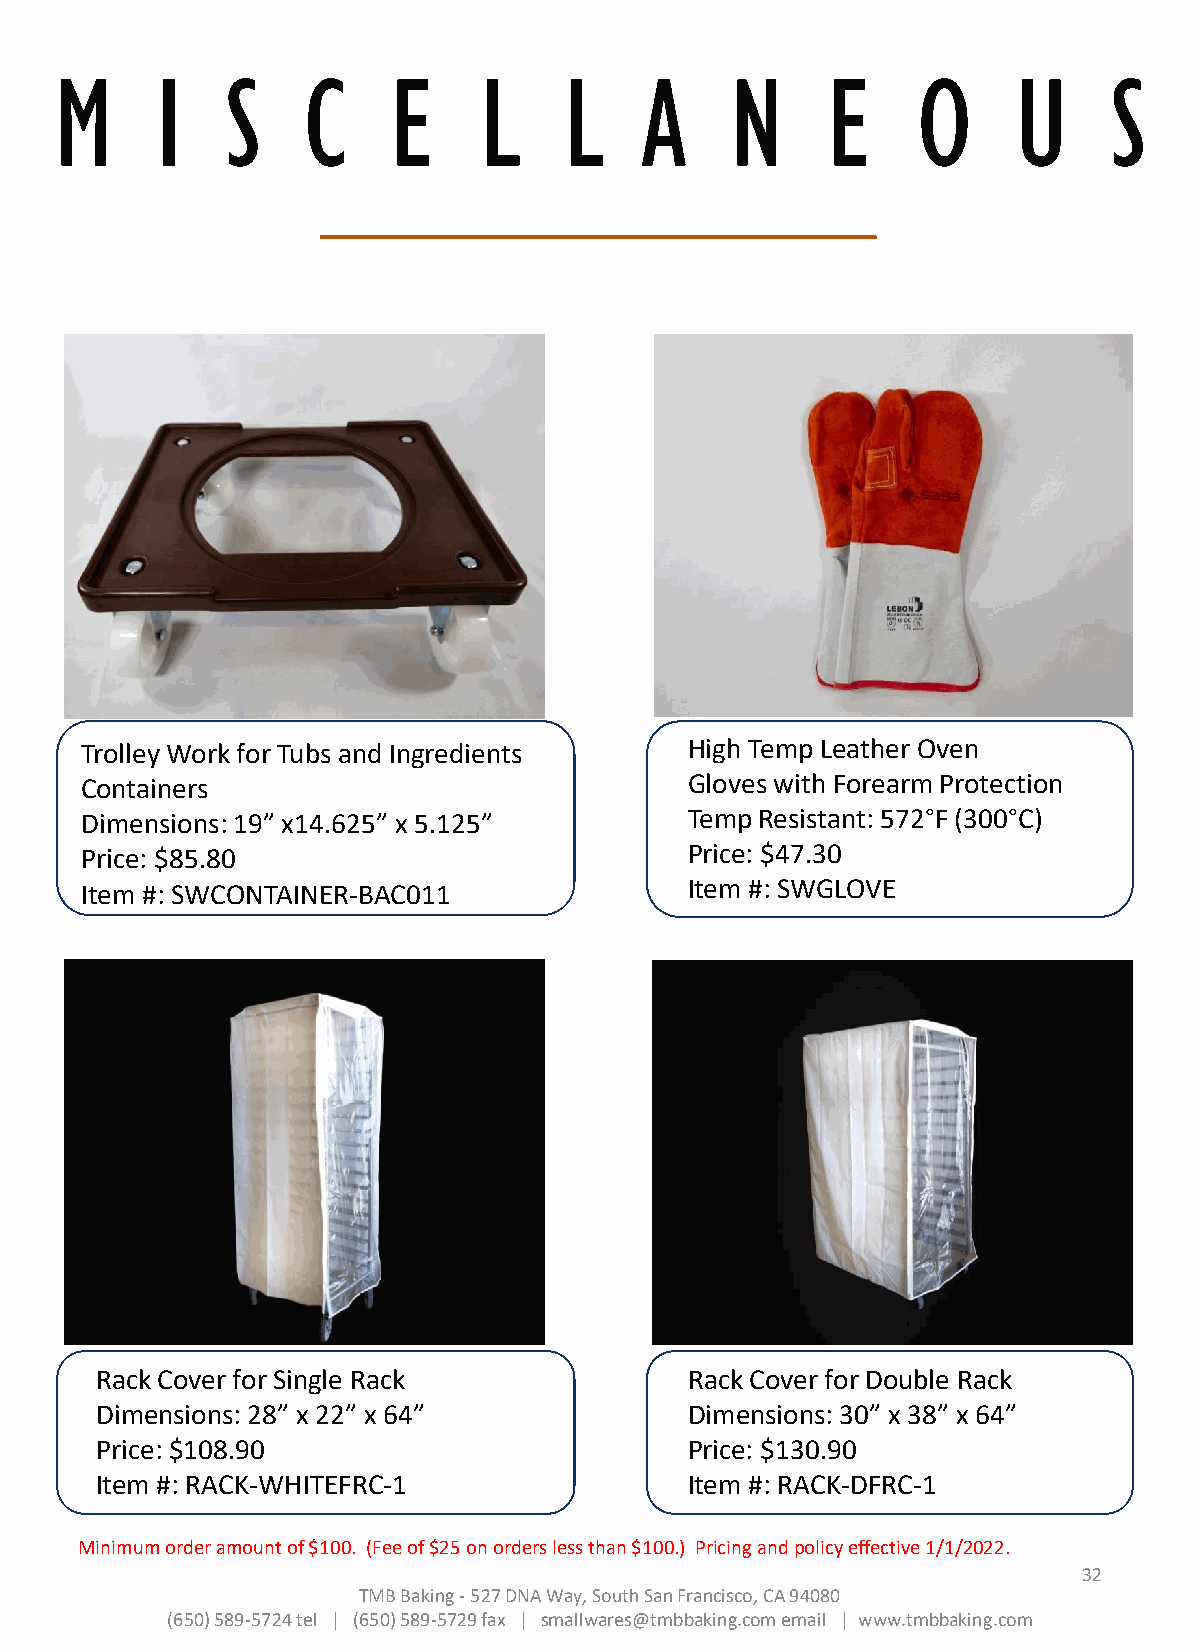
M     I    S    C     E     L    L    A     N      E     O     U     S
 Trolley Work for Tubs and Ingredients    High Temp Leather Oven
 Containers                               Gloves with Forearm Protection
 Dimensions: 19” x14.625” x 5.125”        Temp Resistant: 572°F (300°C)
 Price: $85.80                            Price: $47.30
 Item #: SWCONTAINER-BAC011               Item #: SWGLOVE
 Rack Cover for Single Rack              Rack Cover for Double Rack
 Dimensions: 28” x 22” x 64”             Dimensions: 30” x 38” x 64”
 Price: $108.90                          Price: $130.90
 Item #: RACK-WHITEFRC-1                 Item #: RACK-DFRC-1
 Minimum order amount of $100. (Fee of $25 on orders less than $100.) Pricing and policy effective 1/1/2022.
 32
 TMB Baking -527 DNA Way, South San Francisco, CA 94080
 (650) 589-5724 tel | (650) 589-5729 fax | smallwares@tmbbaking.com email | www.tmbbaking.com